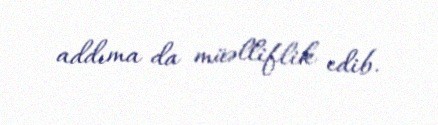
addıma da müəlliflik edib.